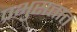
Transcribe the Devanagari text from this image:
प्रभुसत्तात्